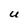
Character: U